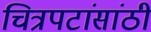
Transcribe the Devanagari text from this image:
चित्रपटांसांठी